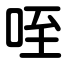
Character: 咥